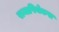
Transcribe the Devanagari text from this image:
रामापिथेकस